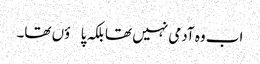
اب وہ آدمی نہیں تھا بلکہ پاؤں تھا۔